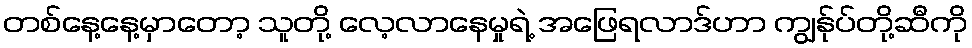
တစ်နေ့နေ့မှာတော့ သူတို့ လေ့လာနေမှုရဲ့ အဖြေရလာဒ်ဟာ ကျွန်ုပ်တို့ဆီကို